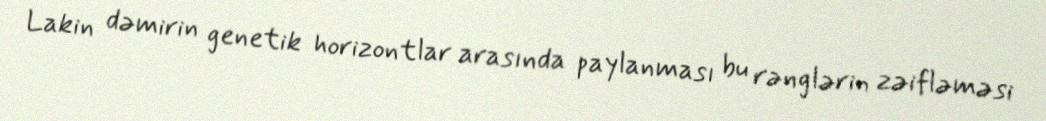
Lakin dəmirin genetik horizontlar arasında paylanması bu rənglərin zəifləməsi